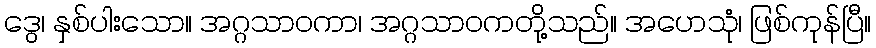
ဒွေ၊ နှစ်ပါးသော။ အဂ္ဂသာဝကာ၊ အဂ္ဂသာဝကတို့သည်။ အဟေသုံ၊ ဖြစ်ကုန်ပြီ။